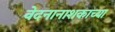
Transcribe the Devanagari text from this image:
वेदनानाशकाच्या